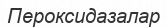
Пероксидазалар